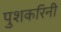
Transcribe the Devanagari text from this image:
पुशकरिनी